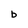
Character: b